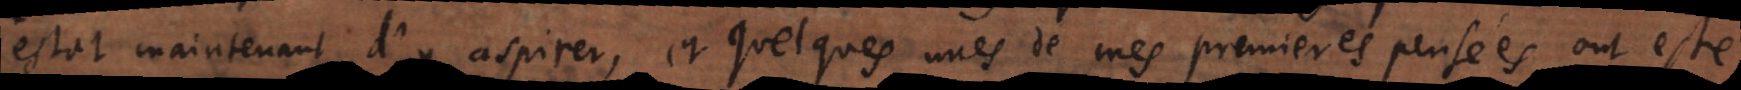
estat maintenant d’y aspirer, et quelques unes de mes premieres pensées ont esté